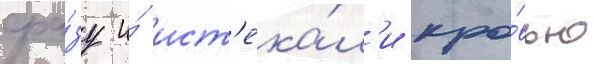
сра́зу и́ ист'ека́л'и кро́вью